Summary of further report on surra
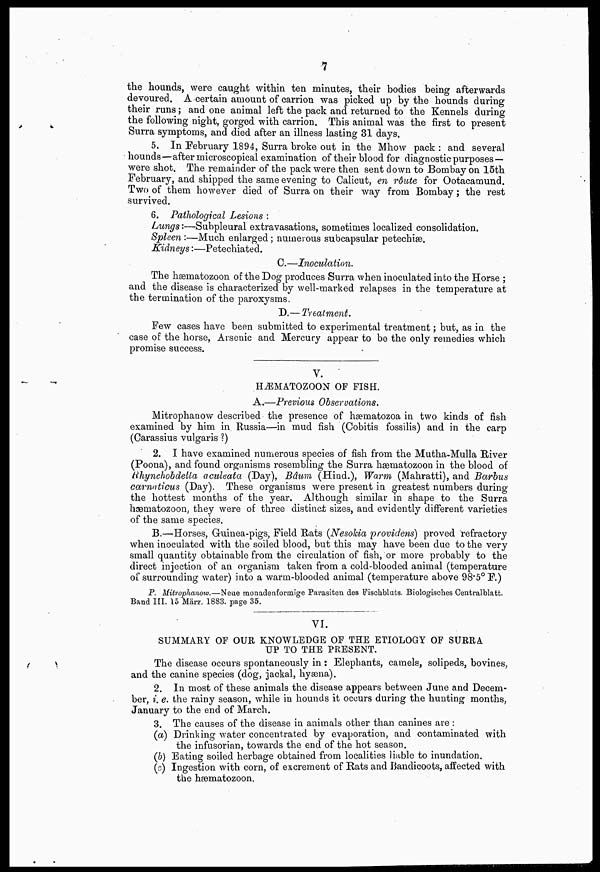
7
the hounds, were caught within ten minutes, their bodies being afterwards
devoured. A certain amount of carrion was picked up by the hounds during
their runs; and one animal left the pack and returned to the Kennels during
the following night, gorged with carrion. This animal was the first to present
Surra symptoms, and died after an illness lasting 31 days.
5. In February 1894, Surra broke out in the Mhow pack : and several
hounds—after microscopical examination of their blood for diagnostic purposes —
were shot. The remainder of the pack were then sent down to Bombay on 15th
February, and shipped the same evening to Calicut, en rôute for Ootacamund.
Two of them however died of Surra on their way from Bombay; the rest
survived.
6. Pathological Lesions :
Lungs:—Subpleural
extravasations, sometimes localized consolidation.
Spleen :—Much enlarged; numerous subcapsular
petechiæ.
0.—Inoculation.
The hæmatozoon of the Dog produces Surra when inoculated into the Horse ;
and the disease is characterized by well-marked relapses in the temperature at
the termination of the paroxysms.
D.—Treatment.
Few cases have been submitted to experimental treatment; but, as in the
case of the horse, Arsenic and Mercury appear to be the only remedies which
promise success.
V.
HÆMATOZOON OF FISH.
A.—Previous Observations.
Mitrophanow described the presence of hæmatozoa in two kinds of fish
examined by him in Russia—in mud fish (Cobitis fossilis) and in the carp
(Carassius vulgaris ?)
2. I have examined numerous species of fish from the Mutha-Mulla River
(Poona), and found organisms resembling the Surra hæmatozoon in the blood of
Rhynchobdelta aculeata (Day), Bdum (Hind.), Warm (Mahratti), and Barbus
camaticus (Day). These organisms were present in greatest numbers during
the hottest months of the year. Although similar in shape to the Surra
hæmatozoon, they were of three distinct sizes, and evidently different varieties
of the same species.
B.—Horses, Guinea-pigs, Field Rats (Nesokia providens) proved refractory
when inoculated with the soiled blood, but this may have been due to the very
small quantity obtainable from the circulation of fish, or more probably to the
direct injection of an organism taken from a cold-blooded animal (temperature
of surrounding water) into a warm-blooded animal (temperature above 98.5°F.)
P. Miivophanow.—Neae monadenformige Parasiten des Fischbluts. Biologisches Centralblatt.
Band III. 15 März. 1883. page 35.
VI.
SUMMARY OF OUR KNOWLEDGE OF THE ETIOLOGY OF SURRA
UP TO THE PRESENT.
The disease occurs spontaneously in: Elephants, camels, solipeds, bovines,
and the canine species (dog, jackal, hyäna).
2. In most of these animals the disease appears between June and Decem-
ber, i. e. the rainy season, while in hounds it occurs during the hunting months,
January to the end of March.
3. The causes of the disease in animals other than canines are :
(a) Drinking water concentrated by evaporation, and contaminated with
the infusorian, towards the end of the hot season.
(b) Eating soiled herbage obtained from localities liable to inundation.
(c) Ingestion with corn, of excrement of Rats and Bandicoots, affected with
the hämatozoon.